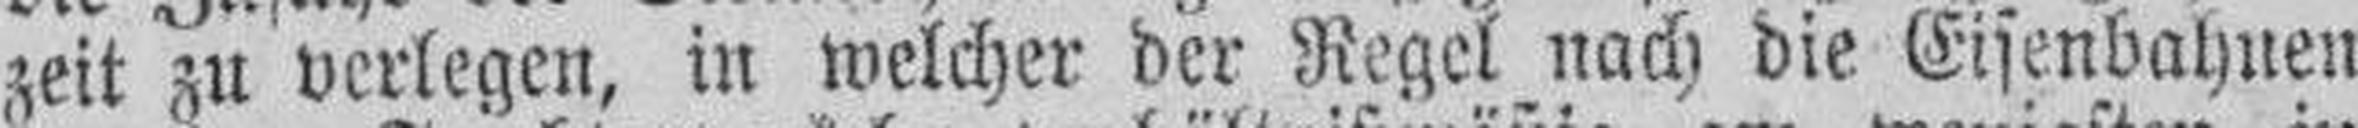
zeit zu verlegen, in welcher der Regel nach die Eisenbahnen